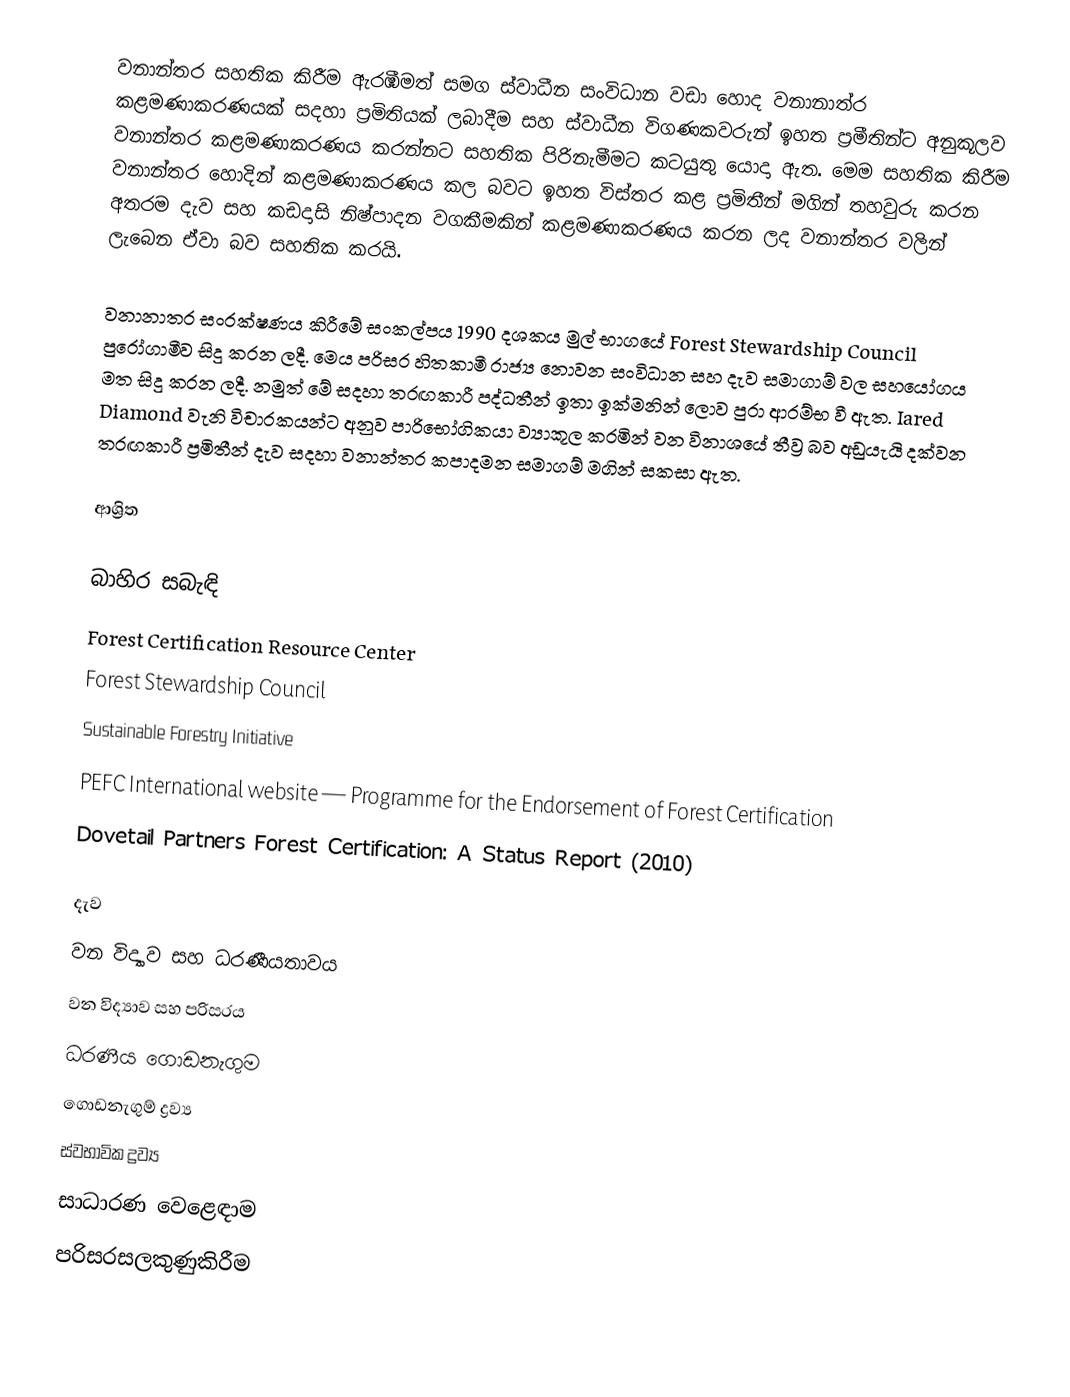
වනාන්තර සහතික කිරීම ඇරඹීමත් සමග ස්වාධීන සංවිධාන වඩා හොද වනානාත්ර කළමණාකරණයක් සදහා ප්‍රමිතියක් ලබාදීම සහ ස්වාධීන විගණකවරුන් ඉහත ප්‍රමීතින්ට අනුකූලව වනාන්තර කළමණාකරණය කරන්නට සහතික පිරිනැමීමට කටයුතු යොදා ඇත. මෙම සහතික කිරීම වනාන්තර හොදින් කළමණාකරණය කල බවට ඉහත විස්තර කළ ප්‍රමිතීන් මගින් තහවුරු කරන අතරම දැව සහ කඩදාසි නිෂ්පාදන වගකීමකින් කළමණාකරණය කරන ලද වනාන්තර වලින් ලැබෙන ඒවා බව සහතික කරයි.

වනානාතර සංරක්ෂණය කිරීමේ සංකල්පය 1990 දශකය මුල් භාගයේ Forest Stewardship Council පුරෝගාමීව සිදු කරන ලදී. මෙය පරිසර හිතකාමී රාජ්‍ය නොවන සංවිධාන සහ දැව සමාගාම් වල සහයෝගය මත සිදු කරන ලදී. නමුත් මේ සදහා තරඟකාරී පද්ධතීන් ඉතා ඉක්මනින් ලොව පුරා ආරම්භ වී ඇත. Iared Diamond වැනි විචාරකයන්ට අනුව පාරිභෝගිකයා ව්‍යාකූල කරමින් වන විනාශයේ තීව්‍ර බව අඩුයැයි දක්වන තරඟකාරී ප්‍රමිතීන් දැව සදහා වනාන්තර කපාදමන සමාගම් මගින් සකසා ඇත.

ආශ්‍රිත

බාහිර සබැඳි
 Forest Certification Resource Center
 Forest Stewardship Council
 Sustainable Forestry Initiative
 PEFC International website — Programme for the Endorsement of Forest Certification
  Dovetail Partners Forest Certification: A Status Report (2010)

දැව
වන විද්‍යාව සහ ධරණීයතාවය
වන විද්‍යාව සහ පරිසරය
ධරණීය ගොඩනැගුම
ගොඩනැගුම් ද්‍රව්‍ය
ස්වභාවික ද්‍රව්‍ය
සාධාරණ වෙළෙඳාම
පරිසරසලකුණුකිරීම